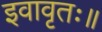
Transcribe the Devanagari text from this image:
इवावृतः॥